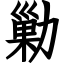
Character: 勦